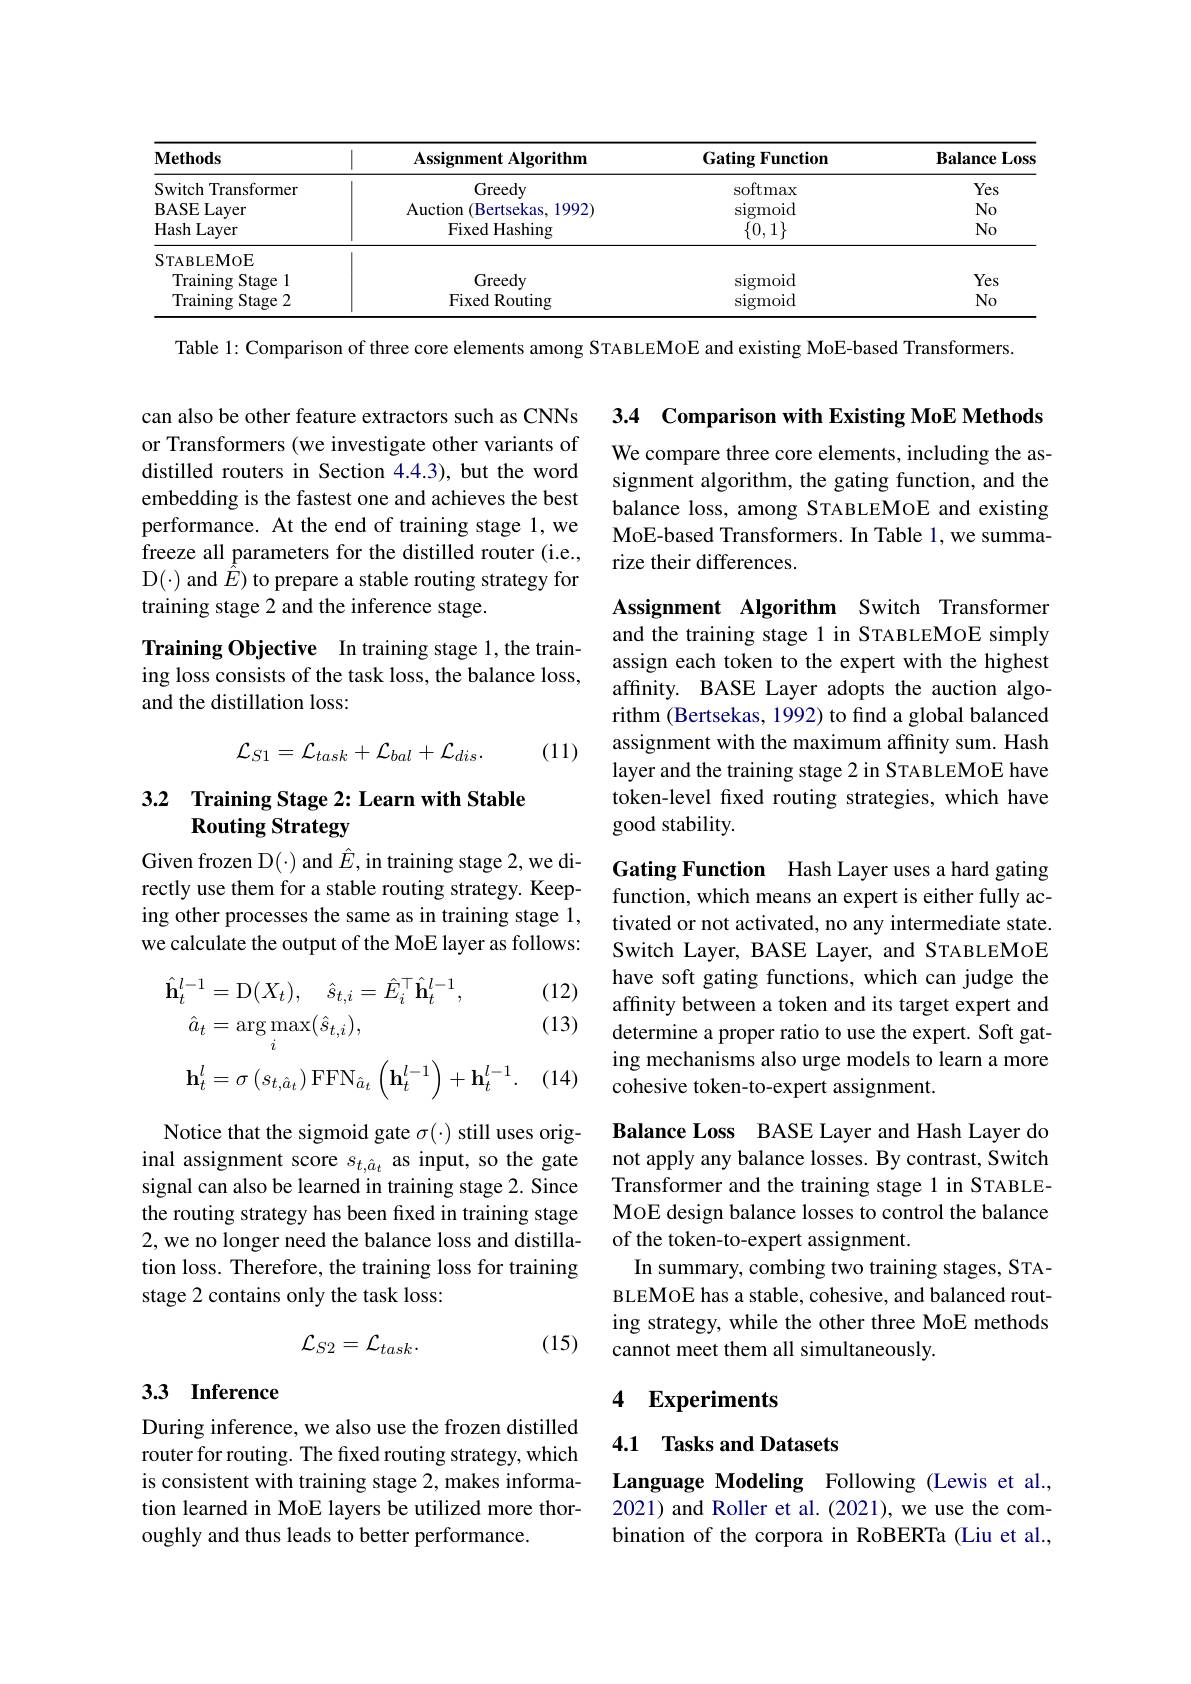
<table>
	<tbody>
		<tr>
			<th>$\mathbf{Methods}$</th>
			<th>$\mathbf{Assignment~Algorithm}$</th>
			<th>Gating Function</th>
			<th>$\mathbf{BalanceLoss}$</th>
		</tr>
		<tr>
			<td>Switch Transformer</td>
			<td>Greedy</td>
			<td>softmax</td>
			<td>Yes</td>
		</tr>
		<tr>
			<td>BASELayer</td>
			<td>Auction (Bertsekas, 1992)</td>
			<td>sigmoid</td>
			<td>$No$</td>
		</tr>
		<tr>
			<td>Hash Layer</td>
			<td>Fixed Hashing</td>
			<td>$\{0,1\}$</td>
			<td>$No$</td>
		</tr>
		<tr>
			<td>$\mathbf{S}_{\mathrm{TABLEMOE}}$</td>
			<td> </td>
			<td> </td>
			<td> </td>
		</tr>
		<tr>
			<td>Training Stage 1</td>
			<td>Greedy</td>
			<td>sigmoid</td>
			<td>Yes</td>
		</tr>
		<tr>
			<td>Training Stage 2</td>
			<td>Fixed Routing</td>
			<td>sigmoid</td>
			<td>$No$</td>
		</tr>
	</tbody>
</table>

Table 1: Comparison of three core elements among STABLEMoE and existing MoE-based Transformers.

3.4 Comparison with Existing MoE Methods

We compare three core elements, including the assignment algorithm, the gating function, and the balance loss, among STABLEMOE and existing MoE-based Transformers. In Table 1, we summarize their differences.

can also be other feature extractors such as CNNs or Transformers (we investigate other variants of distilled routers in Section 4.4.3), but the word embedding is the fastest one and achieves the best performance. At the end of training stage 1, we freeze all parameters for the distilled router (i.e., $D(\cdot) and {\bar{E}}) to prepare a stable routing strategy for$ training stage 2 and the inference stage.

Training Objective In training stage 1, the training loss consists of the task loss, the balance loss, and the distillation loss:

Assignment Algorithm Switch Transformer and the training stage 1 in STABLEMOE simply assign each token to the expert with the highest affinity. BASE Layer adopts the auction algorithm (Bertsekas, 1992) to find a global balanced assignment with the maximum affinity sum. Hash layer and the training stage 2 in STABLEMOE have token-level fxed routing strategies, which have good stability.
$$\mathcal{L}_{S1}=\mathcal{L}_{task}+\mathcal{L}_{bal}+\mathcal{L}_{dis}.$$
(11)

## 3.2 Training Stage 2: Learn with Stable Routing Strategy

Given frozen D(·) and $\hat{E}$, in training stage 2,we di- Gating Function Hash Layer uses a hard gating
rectly use them for a stable routing strategy. Keeping other processes the same as in training stage 1, we calculate the output of the MoE layer as follows: Switch Layer, BASE Layer, and STABLEMOE

function, which means an expert is either fully activated or not activated, no any intermediate state. have soft gating functions, which can judge the affinity between a token and its target expert and determine a proper ratio to use the expert. Soft gating mechanisms also urge models to learn a more cohesive token-to-expert assignment.

(12) (13)
$$\begin{aligned}\hat{\mathbf{h}}_{t}^{l-1}&=\mathrm{D}(X_{t}),\quad\hat{s}_{t,i}=\hat{E}_{i}^{\top}\hat{\mathbf{h}}_{t}^{l-1},\\\hat{a}_{t}&=\arg\max_{i}(\hat{s}_{t,i}),\\\mathbf{h}_{t}^{l}&=\sigma\left(s_{t,\hat{a}_{t}}\right)\mathrm{FFN}_{\hat{a}_{t}}\left(\mathbf{h}_{t}^{l-1}\right)+\mathbf{h}_{t}^{l-1}.\end{aligned}$$
(14)

Notice that the sigmoid gate $\sigma(\cdot)$ still uses original assignment score $s_{t,\hat{a}_t}$ as input, so the gate signal can also be learned in training stage 2. Since the routing strategy has been fixed in training stage 2, we no longer need the balance loss and distillation loss. Therefore, the training loss for training stage 2 contains only the task loss:

Balance Loss BASE Layer and Hash Layer do not apply any balance losses. By contrast, Switch Transformer and the training stage 1 in STABLEMOE design balance losses to control the balance of the token-to-expert assignment.
In summary, combing two training stages, STABLEMOE has a stable, cohesive, and balanced routing strategy, while the other three MoE methods cannot meet them all simultaneously.
$$\mathcal{L}_{S2}=\mathcal{L}_{task}.$$
(15)

## 3.3 Inference

# 4 Experiments

4.1 Tasks and Datasets

During inference, we also use the frozen distilled router for routing. The fixed routing strategy, which is consistent with training stage 2, makes information learned in MoE layers be utilized more thoroughly and thus leads to better performance.

Language Modeling Following (Lewis et al., 2021) and Roller et al. (2021), we use the combination of the corpora in RoBERTa (Liu et al.,